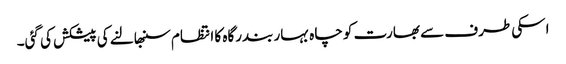
اسکی طرف سے بھارت کو چاہ بہار بندرگاہ کا انتظام سنبھالنے کی پیشکش کی گئی۔